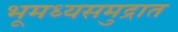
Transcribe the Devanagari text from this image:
भूमध्यसमुद्रात